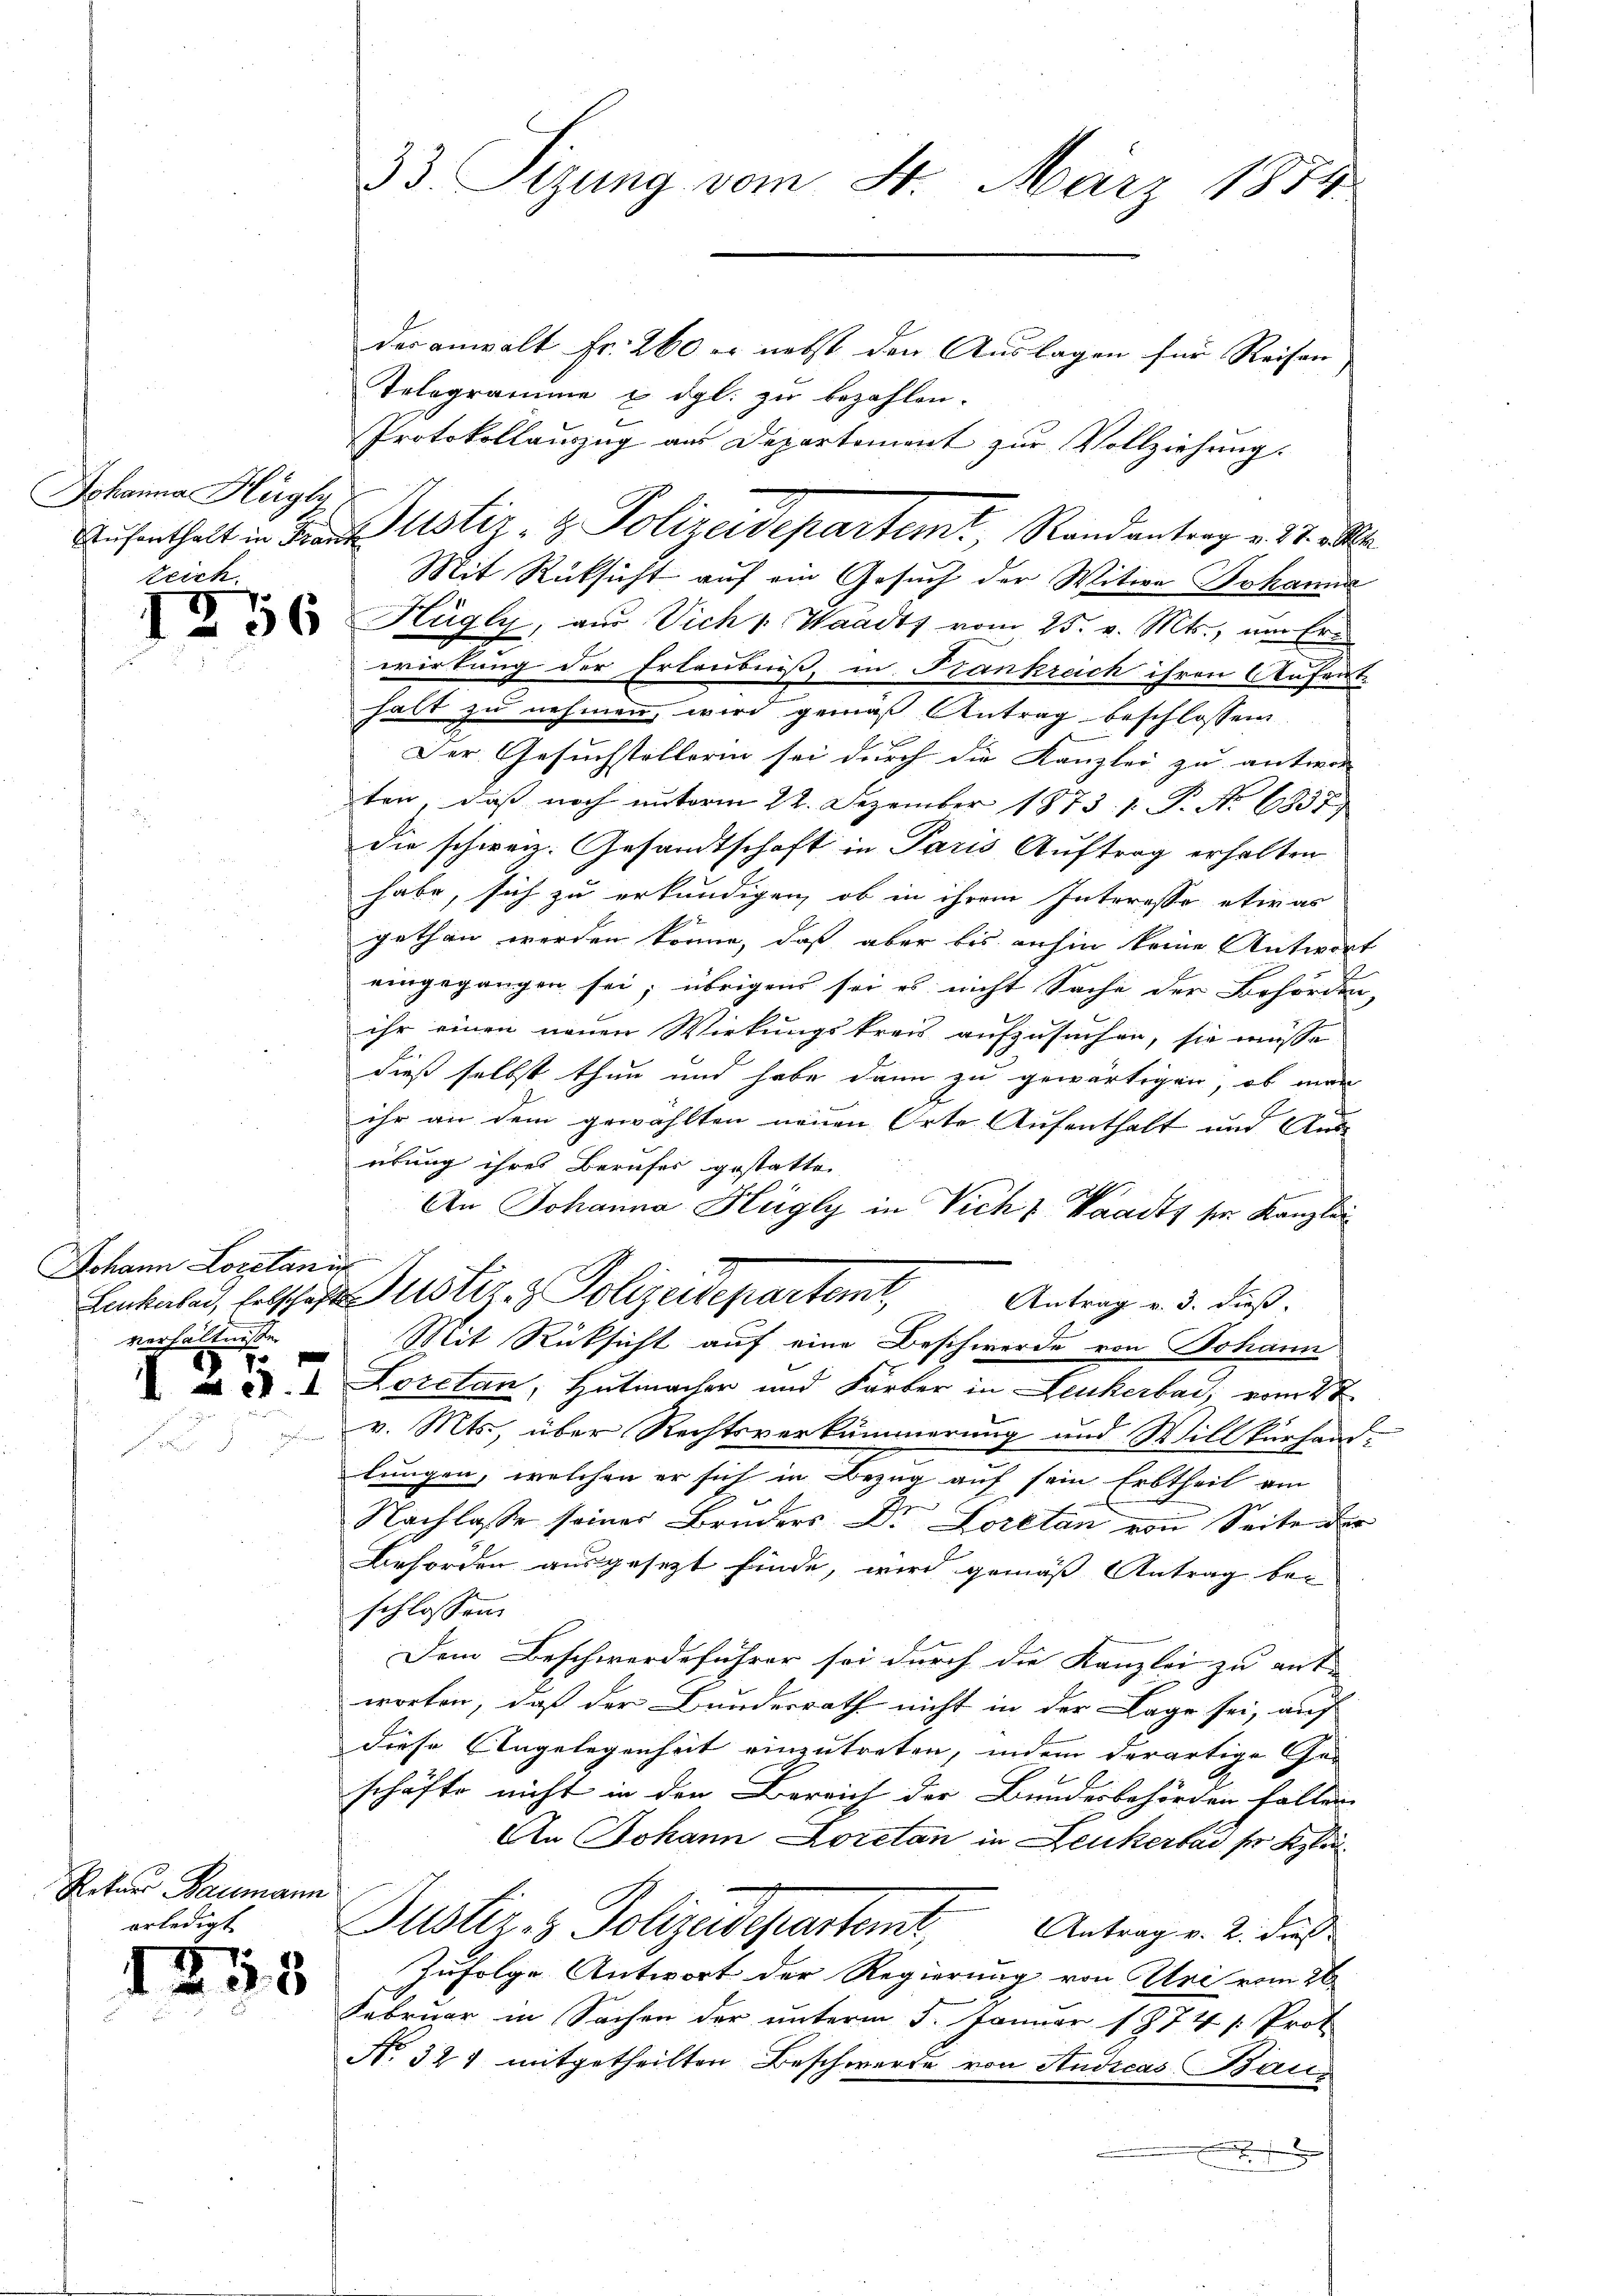
Johanna Hügl
teich

Johann Loretani
verhältnisse
57

e

4

Retur Baumann
erledigt

75

u

33. Sizung vom 4. März 1874

der anwalt Fr. 260 er nebst den Auslagen für Reisen
Telogramme u. dgl. zu bezahlen.
Protokollauszug aus Departement zur Vollziehung.
Mit Rücksicht auf ein Gesuch der Witwe Johanna
 Hügly, aus Vich 1. Waadt vom 25. v. Mts., um Ern
wirkung der Erlaubniß, in Krankreich ihren Aufent-
halt zu nehmen, wird gemäß Antrag beschlossen
Der Gesuchstellerin sei durch die Kanzlei zu antwor- |
ten, daβ noch unterm 22. Dezember 1873. 1. P. Nr. 6837)
die schweiz. Gesandtschaft in Paris Auftrag erhalten
habe, sich zu erkundigen, ob in ihrem Interesso etwas
gethan werden könne, daß aber bis anhin keine Antwort
eingegangen sei; übrigens sei es nicht Sache der Behörden,
ihr einen neuen Wirkungskreis aufzusuchen, sie müsse
dieß selbst thun und habe dann zu gewärtigen, ob man
ihr an dem gewählten neuen Orte Aufenthalt und Aus-
übung ihres Berufes gestatte.
An Johanna Hügly in Vich & Waadt, ser Kanzlei
Lackaber, felschaft Justiz- & Polizeidepartemt,
Antrag v. 3. dieß:
Mit Rücksicht auf eine Beschwerde von Johann
 N. I. Loretan, Hutmacher und Färber in Leukerbar, vom 4t
v. Mts., über Rechtsverkümmerung und Willkürhand-
lungen, welchen er sich in Bezug auf sein Erbtheil am
Nachlasse seiner Bruders Dr Loretan von Seite der
Behörden ausgesetzt finde, wird gemäß Antrag bei
schlossen:
Dem Beschwerdeführer sei durch die Kanzlei zu ent- |
worten, daß der Bundesrath nicht in der Lage sei, auf
diese Angelegenheit einzutreten, indem derartige Ge-
schäfte nicht in den Bereich der Bundesbehörden fallen
An Johann Loretan in Leukerbad ser Klei¬
Justiz- & Polizeidepartent,
Antrag v. 2. dieß
Zufolge Antwort der Regierung von Uri vom 28.
Februar in Sachen der unterm 5. Januar 1874 [Prot
No. 327 mitgetheilten Beschwerde von Audicas Bau¬

Aufenthalt in Franz Gustiz- & Polizeidepartem Randantrag v. 17. Ma